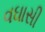
વઘાસી